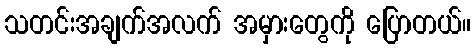
သတင်းအချက်အလက် အမှားတွေကို ပြောတယ်။